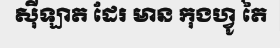
ស៊ីឡាត ដែរ មាន កុងហ្វូ តៃ